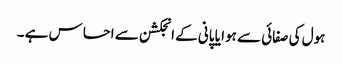
ہول کی صفائی سے ہوا یا پانی کے انجکشن سے احساس ہے ۔